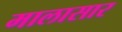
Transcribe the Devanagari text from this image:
मालासार